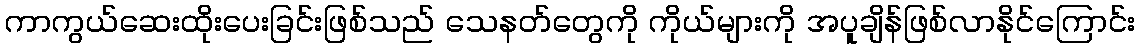
ကာကွယ်ဆေးထိုးပေးခြင်းဖြစ်သည် သေနတ်တွေကို ကိုယ်များကို အပူချိန်ဖြစ်လာနိုင်ကြောင်း